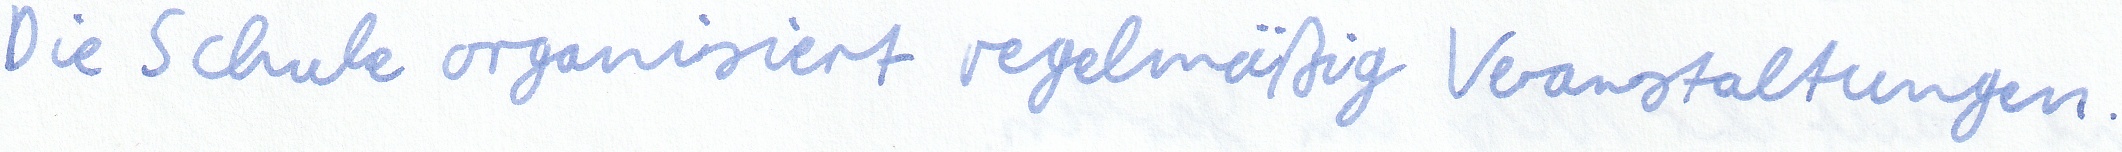
Die Schule organisiert regelmäßig Veranstaltungen.